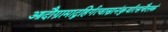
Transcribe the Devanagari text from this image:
आदौग्रामाद्वहिर्गत्वास्नानंकुर्यात्सचैलकं